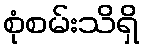
စုံစမ်းသိရှိ